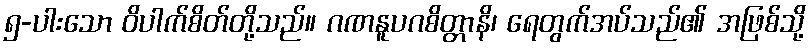
၅-ပါးသော ဝိပါက်စိတ်တို့သည်။ ဂဏနူပဂစိတ္တာနိ၊ ရေတွက်အပ်သည်၏ အဖြစ်သို့